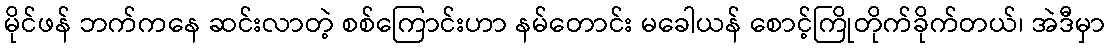
မိုင်ဖန် ဘက်ကနေ ဆင်းလာတဲ့ စစ်ကြောင်းဟာ နမ်တောင်း မခေါယန် စောင့်ကြိုတိုက်ခိုက်တယ်၊ အဲဒီမှာ